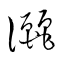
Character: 灑